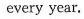
every year.